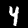
Digit: 4